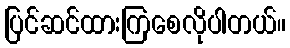
ပြင်ဆင်ထားကြစေလိုပါတယ်။